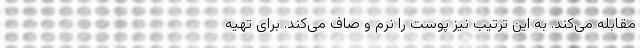
مقابله می‌کند. به این ترتیب نیز پوست را نرم و صاف می‌کند. برای تهیه